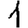
Digit: 1